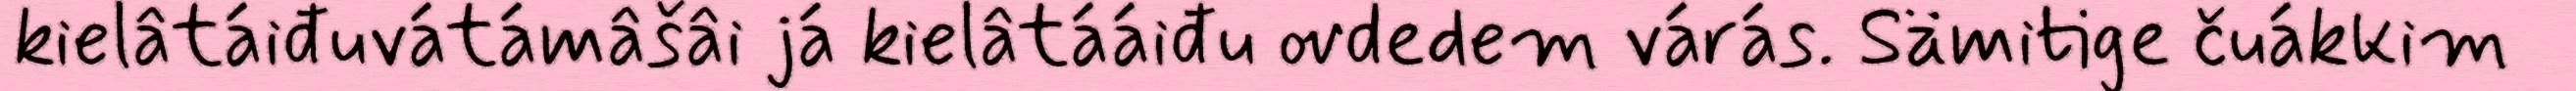
kielâtáiđuvátámâšâi já kielâtááiđu ovdedem várás. Sämitige čuákkim